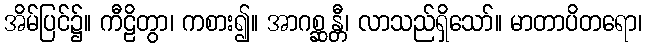
အိမ်ပြင်၌။ ကီဠိတွာ၊ ကစား၍။ အာဂစ္ဆန္တီ၊ လာသည်ရှိသော်။ မာတာပိတရော၊